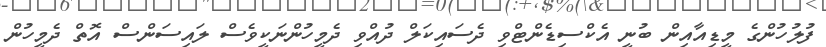
ފުލުހުންގެ މީޑިއާއިން ބުނީ އެކްސިޑެންޓްވި ދެސައިކަލް ދުއްވި ދެމީހުންނަކީވެސް ލައިސަންސް އޮތް ދެމީހުން